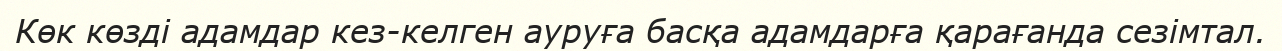
Көк көзді адамдар кез-келген ауруға басқа адамдарға қарағанда сезімтал.